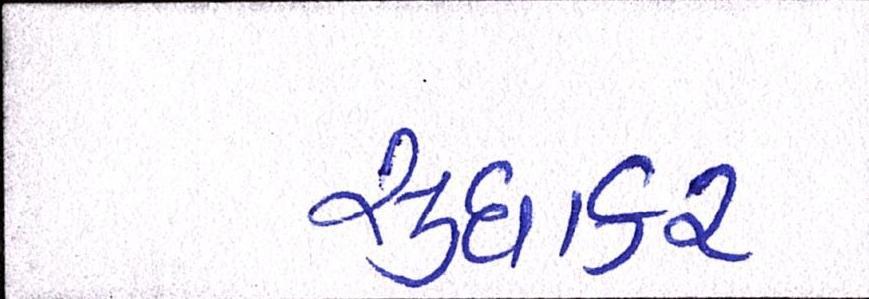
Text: સુધાકર